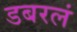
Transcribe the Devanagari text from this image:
डबरलं